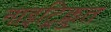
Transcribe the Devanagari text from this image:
नाइट्रिक्रुत